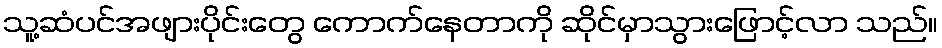
သူ့ဆံပင်အဖျားပိုင်းတွေ ကောက်နေတာကို ဆိုင်မှာသွားဖြောင့်လာ သည်။